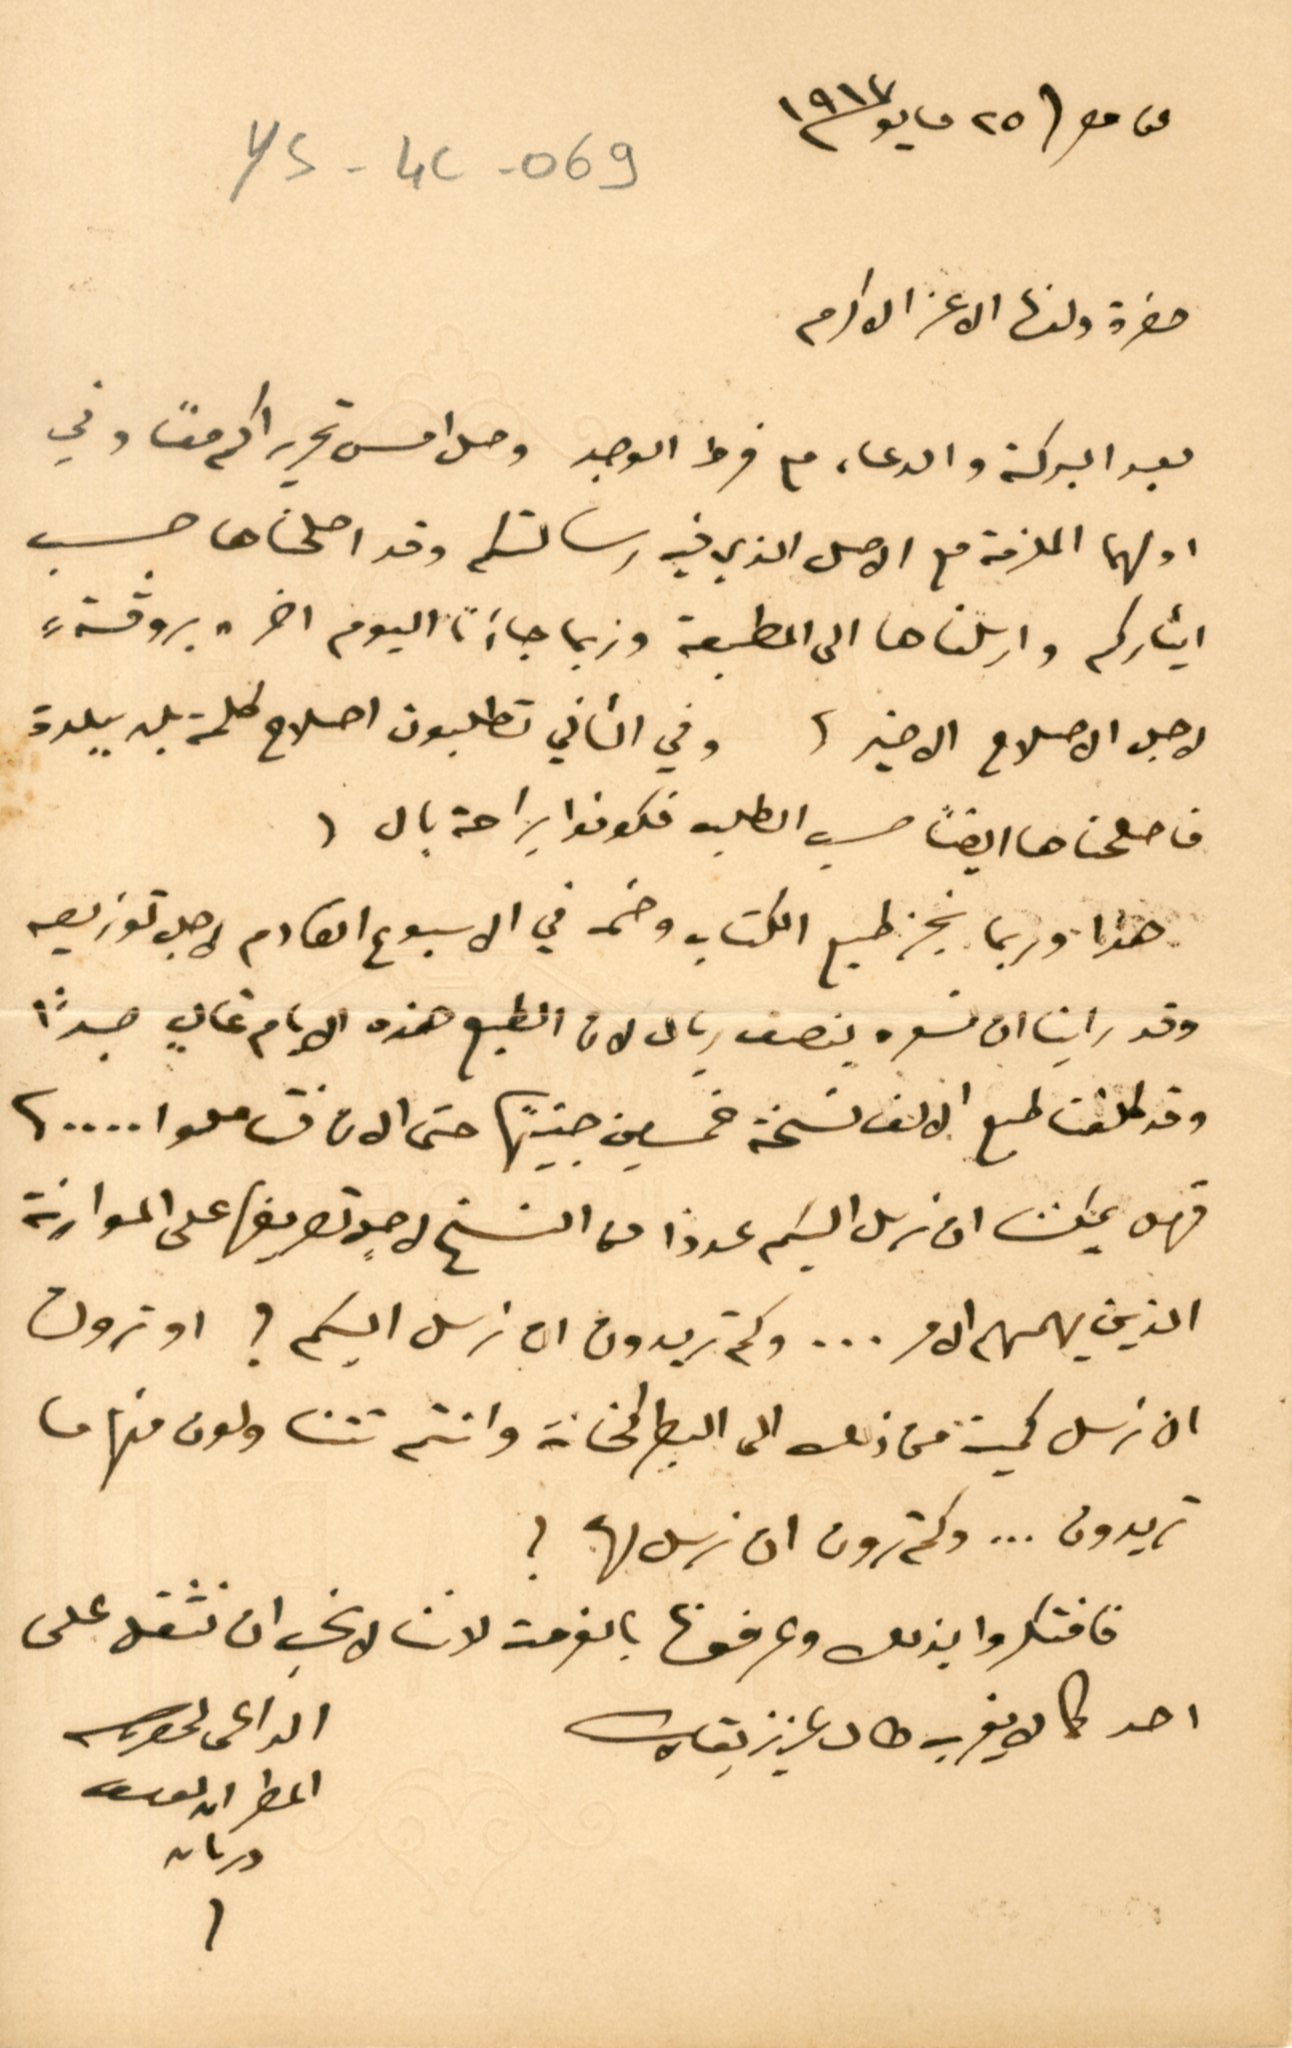
عن مصر ٢٥ مايو ١٩١٧
ys-4c-069
حضرة ولدنا الاغر الاكرم
بعد البركة والدعاء مع فرط الوجد وصل امس تحريراكم معًا وفي
اولهما المقدمة مع الاصل الذي فيه رسالتكم وقد اصلحناها حسب
ايثاركم وارسلناها الى المطبعة وربما جاءَنا اليوم اخر "بروفة"
لاجل الاصلاح الاخير، وفي الثاني تطلبون اصلاح كلمة بلد ببلدة
فاصلحناها ايضاً حسب الطلب فكونوا براحة بال
 هذا وربما ينجز طبع الكتاب وضمه في الاسبوع القادم لاجل توزيعه
وقد راينا ان نسعره بنصف ريال لان الطبع هذه الايام غالٍ جداً
وقد كلفنا طبع الالف نسخة خمسين جنيهًا حتى الان فتاملوا ....
فهل يمكن ان نرسل اليكم عددا منا النسخ لاجل تصريفها على الموارنة
الذين يهمهم الامر... وكم تريدون ان نرسل اليكم ؟ او ترون
ان نرسل كمية من ذلك الى البطركخانة وانتم تتناولون منها ما
تريدون ... وكم ترون ان نرسل لها؟
فافتكروا بذلك وعرفونا بالفرحة لاننا لا نحب ان نثقل على
احد كما لا يقرب طال عزيز بقاك                                               الداعى لحضرتكم
المطران يوسف دريان